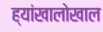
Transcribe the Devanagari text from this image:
ह्यांखालोखाल